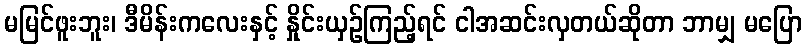
မမြင်ဖူးဘူး၊ ဒီမိန်းကလေးနှင့် နှိုင်းယှဉ်ကြည့်ရင် ငါအဆင်းလှတယ်ဆိုတာ ဘာမျှ မပြော